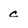
Character: c